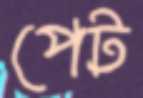
পেট